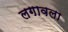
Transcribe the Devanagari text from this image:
लगावला